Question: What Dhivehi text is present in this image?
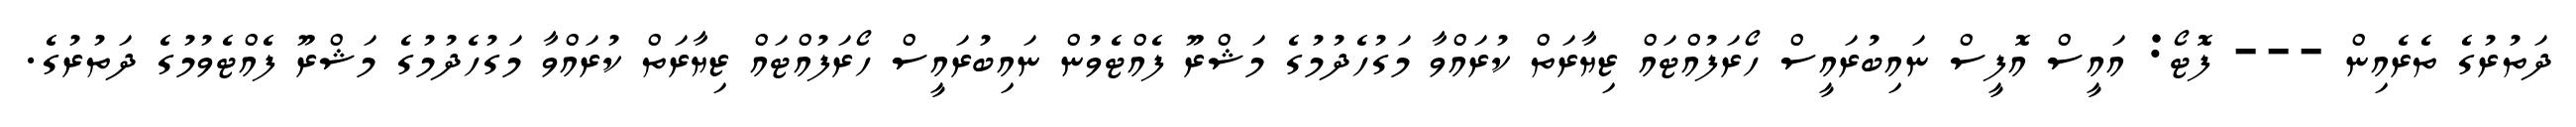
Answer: ދަތުރުގެ ތެރެއިން --- ފޮޓޯ: އައީސް އޮފީސް ނައިބުރައީސް ހޯރަފުއްޓައް ޒިޔާރަތް ކުރައްވާ މަގުހެދުމުގެ މަޝްރޫ ފެއްޓެވުން ނައިބުރައީސް ހޯރަފުއްޓައް ޒިޔާރަތް ކުރައްވާ މަގުހެދުމުގެ މަޝްރޫ ފެއްޓެވުމުގެ ދަތުރުގެ.